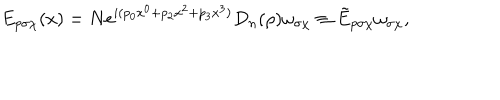
E _ { p \sigma \chi } ( x ) = N \mathrm { e } ^ { i ( p _ { 0 } x ^ { 0 } + p _ { 2 } x ^ { 2 } + p _ { 3 } x ^ { 3 } ) } D _ { n } ( \rho ) \omega _ { \sigma \chi } \equiv \tilde { E } _ { p \sigma \chi } \omega _ { \sigma \chi } ,